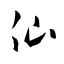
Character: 仙